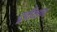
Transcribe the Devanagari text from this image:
दूर्वीक्षण